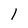
Character: l